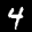
Label: 4